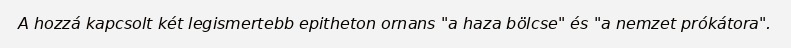
A hozzá kapcsolt két legismertebb epitheton ornans "a haza bölcse" és "a nemzet prókátora".